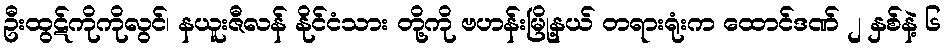
ဦးထွဋ်ကိုကိုလွင်၊ နယူးဇီလန် နိုင်ငံသား တို့ကို ဗဟန်းမြို့နယ် တရားရုံးက ထောင်ဒဏ် ၂ နှစ်နဲ့ ၆